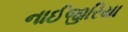
નાઈજીરિયા